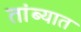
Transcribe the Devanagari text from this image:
तांब्यात